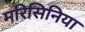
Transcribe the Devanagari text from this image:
मरिसिनिया